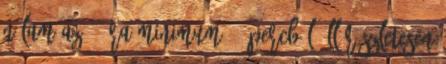
Nálam az 1 óra minimum 60 percből áll Részletesen